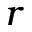
^ r